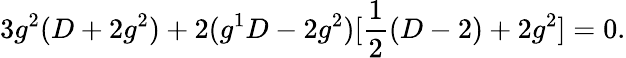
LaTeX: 3g^{2}(D+2g^{2})+2(g^{1}D-2g^{2})[\frac{1}{2}(D-2)+2g^{2}]=0.